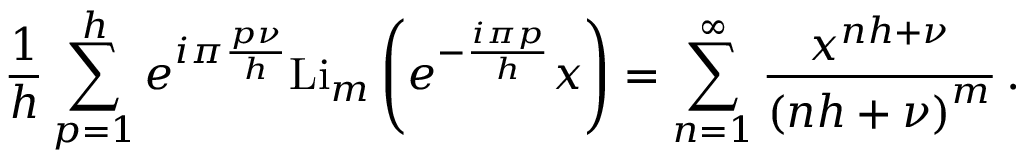
\frac { 1 } { h } \sum _ { p = 1 } ^ { h } e ^ { i \pi \frac { p \nu } { h } } \mathrm { L i } _ { m } \left( e ^ { - \frac { i \pi p } { h } } x \right) = \sum _ { n = 1 } ^ { \infty } \frac { x ^ { n h + \nu } } { \left( n h + \nu \right) ^ { m } } \, .